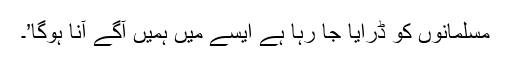
مسلمانوں کو ڈرایا جا رہا ہے ایسے میں ہمیں آگے آنا ہوگا’۔